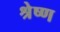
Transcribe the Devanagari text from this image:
श्रेष्‍ण